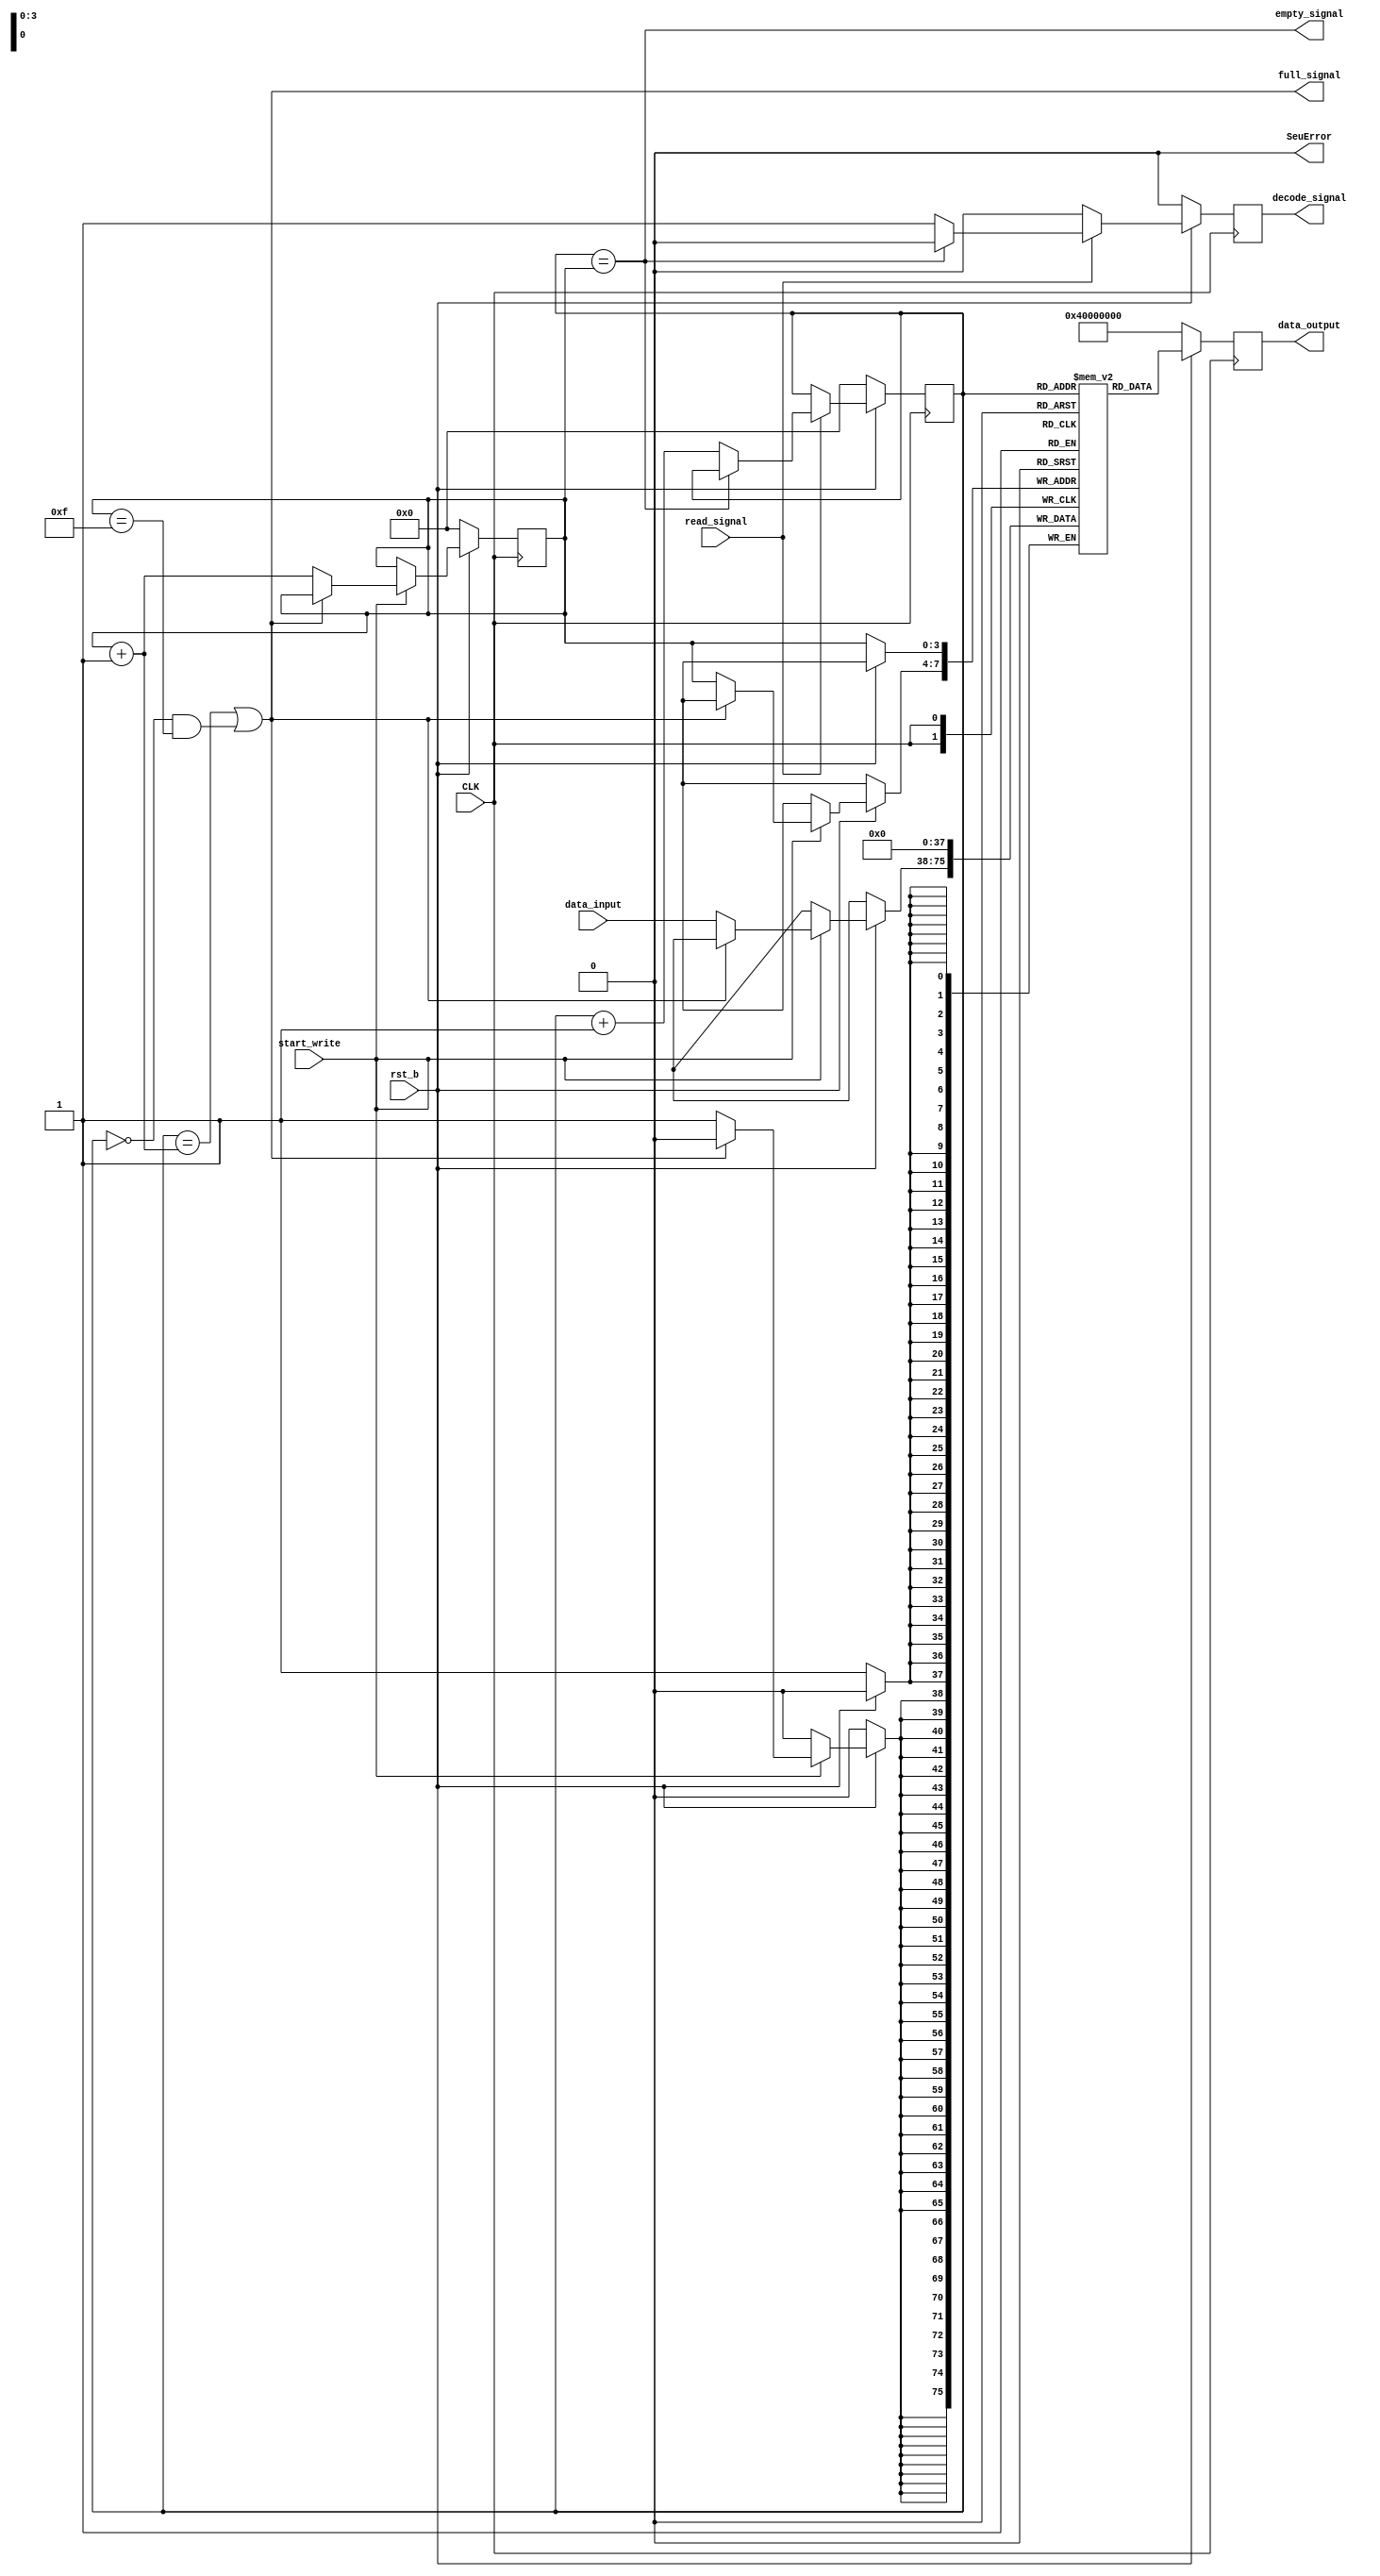
// ********************************************************************************************************
//					-*- Mode: Verilog -*-
//	Module:	Storage FIFO
//	
//	Input:	- CLK: LiTe-DTU clock
//		- reset: 1'b0 LiTe-DTU INACTIVE- 1'b1: LiTe-DTU ACTIVE
//		- start_write: hamming encoding finished
//		- read_signal: read data in the FIFO
//		- data_input: 38-bit data (containing parity bits)
//
//	Output:	- data_output: 38-bit data (containing parity bits)
//		- empty signal: No data stored
//		- full_signal: FIFO is full
//		- decode_signal: to the decoder
//		- tmrError
//
// ********************************************************************************************************

`timescale	 1ns/1ps

module LDTU_oFIFO(
		  CLK,
		  rst_b,
		  start_write,
		  read_signal,
		  data_input,
		  data_output,
		  empty_signal,
		  full_signal,
		  decode_signal,
		  SeuError
		  );
   parameter	Nbits_ham=38;
   parameter	FifoDepth_buff=16;
   parameter	bits_ptr=4;

   output SeuError;
   output empty_signal;
   output full_signal;
   output reg [Nbits_ham-1:0] data_output;
   output 		      decode_signal;

   wire r_empty_signal;
   wire r_full_signal;
   reg 	r_decode_signal;
   
input 		      CLK;
   input 		      rst_b;
   input 		      start_write;
   input 		      read_signal;
   input [Nbits_ham-1:0]      data_input;


   reg [bits_ptr-1:0] 	      ptr_write;
   reg [bits_ptr-1:0] 	      ptr_read;
   wire [bits_ptr-1:0] 	      ptr_writeVoted = ptr_write;
   wire [bits_ptr-1:0] 	      ptr_readVoted = ptr_read;

   
   
   reg [Nbits_ham-1:0] 	      memory [ FifoDepth_buff-1 : 0 ] ;
   wire 		      tmrError = 1'b0;
   assign SeuError = tmrError;
   

   

   assign r_empty_signal = (ptr_readVoted == ptr_writeVoted);
   assign r_full_signal = ((ptr_readVoted == ptr_writeVoted + 4'b1)||((ptr_readVoted == 4'b0)&&(ptr_writeVoted == (4'b1111))));

   
   
   always @( posedge CLK ) begin
      if (rst_b==1'b0) ptr_write <= 4'b0;
      else begin
	 if (start_write ==1'b1) begin
	    if (r_full_signal ==1'b0) ptr_write <= ptr_writeVoted +4'b1;
	    else ptr_write <= ptr_writeVoted;
	 end else ptr_write <= ptr_writeVoted;
      end
   end

   always @( posedge CLK ) begin
      if (rst_b==1'b0) begin
	 ptr_read <= 4'b0;
	 r_decode_signal <= 1'b0;
      end else begin
	 if (read_signal ==1'b1) begin
	    if (r_empty_signal ==1'b0) begin
	       ptr_read <= ptr_readVoted + 4'b1;
	       r_decode_signal <= 1'b1;
	    end else begin
	       ptr_read <= ptr_readVoted;
	       r_decode_signal <= 1'b0;
	    end
	 end else begin
	    ptr_read <= ptr_readVoted;
	    r_decode_signal <= 1'b0;
	 end
      end
   end

   always @( posedge CLK ) begin
      if (rst_b==1'b0)
	memory[ptr_writeVoted]	<= 38'b0;
      else begin
	 if (start_write==1'b1) begin
	    if (r_full_signal==1'b0) memory[ptr_writeVoted] <= data_input;
	 end
      end
   end
   always @( posedge CLK ) begin
      if (rst_b==1'b0) data_output = 38'b01000000000000000000000000000000;
      else data_output = memory[ptr_readVoted] ;
   end

   assign empty_signal = r_empty_signal;
   assign full_signal = r_full_signal;
   assign decode_signal = r_decode_signal;

endmodule